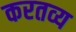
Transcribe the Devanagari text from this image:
करतव्य